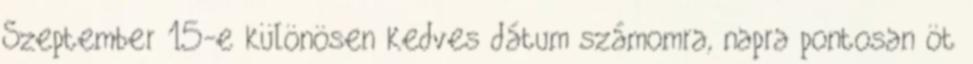
Szeptember 15-e különösen kedves dátum számomra, napra pontosan öt